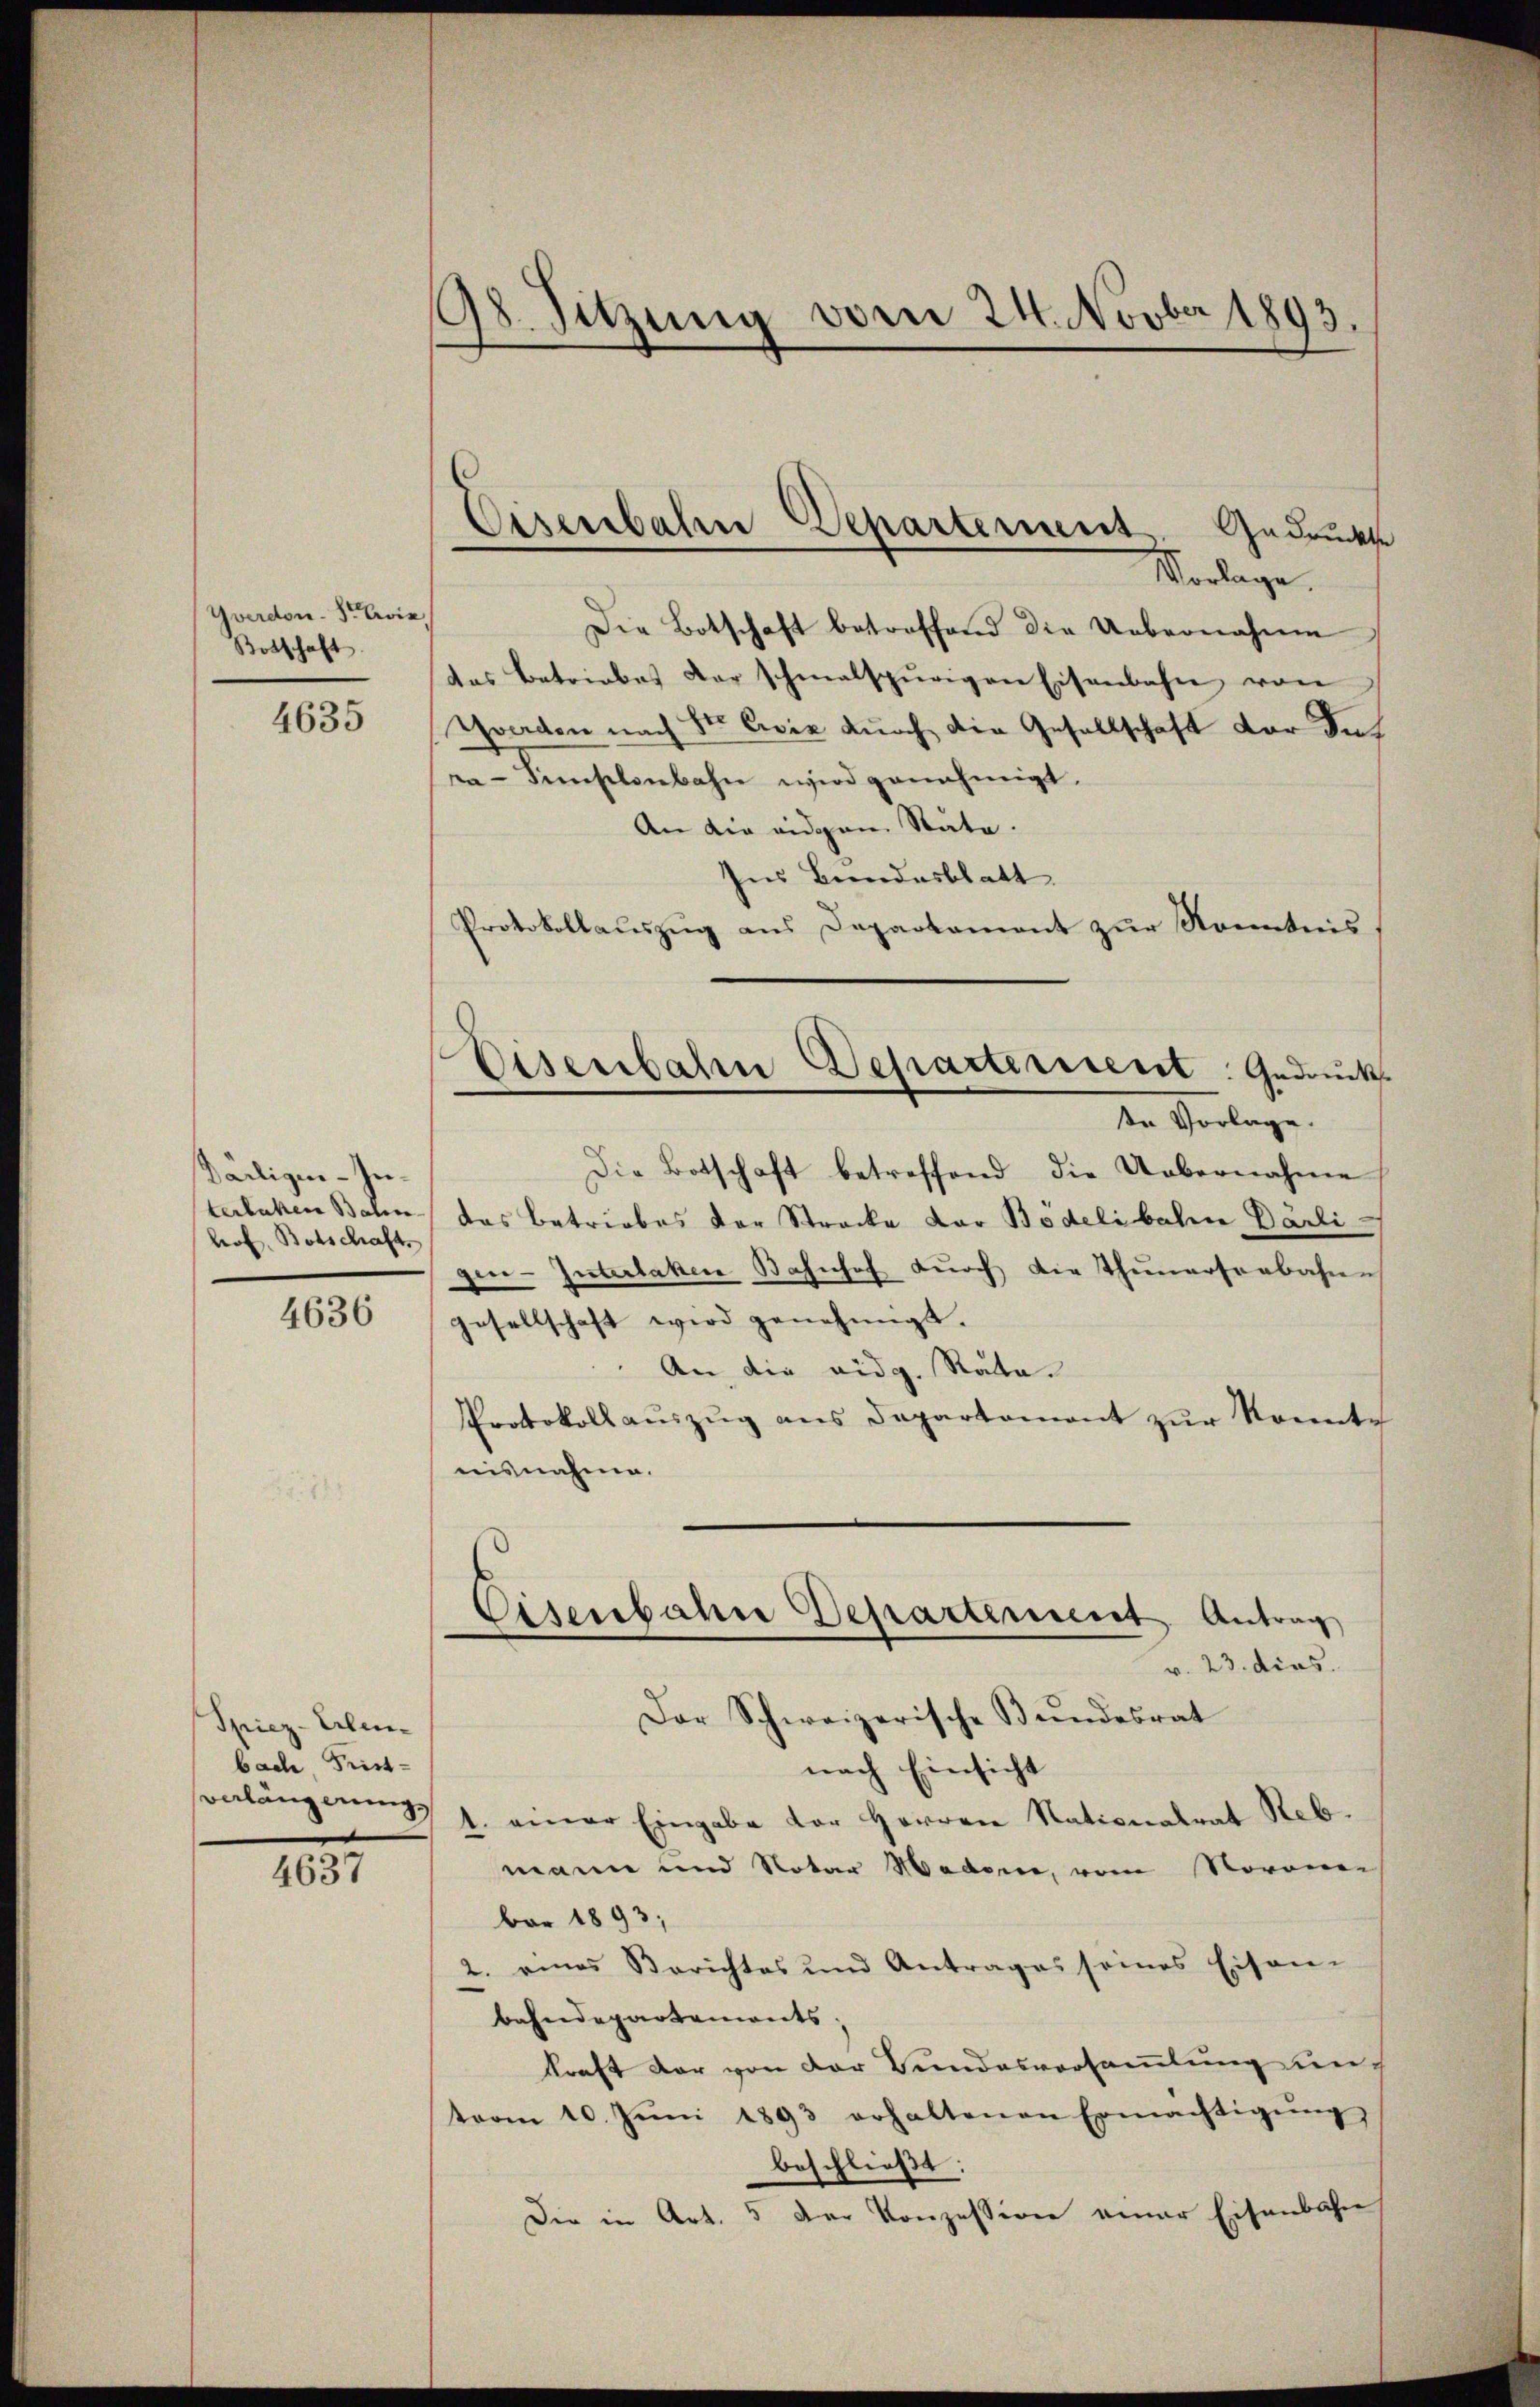
Yverdon. So vie
Botschaft.

4635

Dälligen-Interbuchen Balin
Prof. Botschaft.

4636

Spiez-Erlenbach, Prist¬

4637

98. Sitzung vom 24. Novber 1893.

Eisenbahre Departement. Gedruckte

Vorlage.
f
Die Botschaft betroffend die Uebernahme
das Betriebes der schmalspurigen Eisenbahn von
Yverden nach St. Civiz durch die Gesellschaft vor des
ra-Siselenbahn wird genehmigt.
An die eidgen Räte.
Ins Bundesblatt
Protokollauszug aus Departament zur Kenntnis
In Vorlage.
Die Botschaft betreffend die Uebernahme
das Betriebes der Strecke dar Bödelibahre Darli-
gen-Interlaken Bahnhof durch die Theartenbahnen
gesellschaft wird genehmigt.
An die eidg. Rata.
Protokoll aŭszŭg ans Departament zur konnte
nisnahme.
Eisenbahre Departement Antrag
v. 23. dies
Der Schweizerische Bŭndesrat
nach Einsicht
onlängerung 1. einer Eingabe der Herren Nationalrat Rebmann und Notar Madere, vom Noronen
bar 1893;
2. eines Berichtes und Antrages seines Eisen-
bahndepartements;
kraft der von der Bundesversammlung und
toren 10. Jŭni 1893 erhaltenen Ermächtigŭng
beschließt:
Die in Art. 5 der Konzession einer Eisenbahne

Eisenbahn Departement: Gedrucks